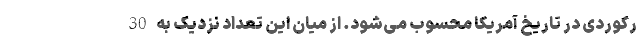
رکوردی در تاریخ آمریکا محسوب می‌شود. از میان این تعداد نزدیک به 30